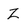
Character: Z